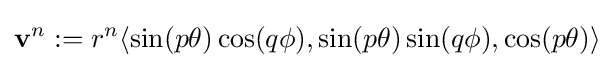
\mathbf {v} ^{n}:=r^{n}\langle \sin(p\theta )\cos(q\phi ),\sin(p\theta )\sin(q\phi ),\cos(p\theta )\rangle